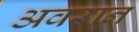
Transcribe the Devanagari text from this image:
अवरान